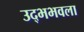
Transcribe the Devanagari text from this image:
उद्भभवला